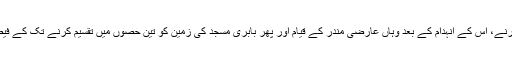
مسجد میں تالا ڈالنے سے لے کر تالا کھولنے، اس میں پوجا کرنے، اس کے انہدام کے بعد وہاں عارضی مندر کے قیام اور پھر بابری مسجد کی زمین کو تین حصوں میں تقسیم کرنے تک کے فیصلوں میں اکثریتی جذبات و احساسات کا پاس و لحاظ رکھا گیا۔